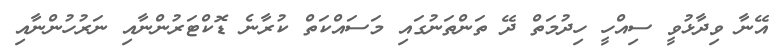
އޭނާ ވިދާޅުވީ ސިއްހީ ހިދުމަތް ދޭ ތަންތަނުގައި މަސައްކަތް ކުރާނެ ޑޮކްޓަރުންނާއި ނަރުހުންނާއި